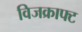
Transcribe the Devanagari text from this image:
विजक्राफ्ट